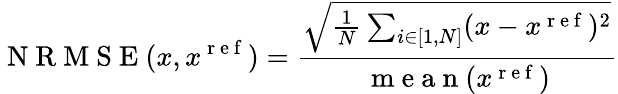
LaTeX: \mathrm{~N~R~M~S~E~}(x,x^{\mathrm{~r~e~f~}})=\frac{\sqrt{\frac{1}{N}\sum_{i\in[1,N]}(x-x^{\mathrm{~r~e~f~}})^{2}}}{\mathrm{~m~e~a~n~}(x^{\mathrm{~r~e~f~}})}